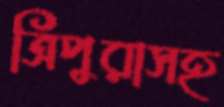
ত্রিপুরাসহ